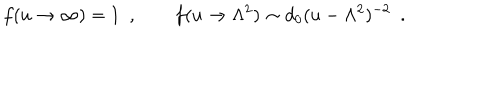
f ( u \to \infty ) = 1 \ \ , \qquad f ( u \to \Lambda ^ { 2 } ) \sim d _ { 0 } ( u - \Lambda ^ { 2 } ) ^ { - 2 } \ \ .